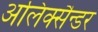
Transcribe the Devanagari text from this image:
अलिक्सैन्डर